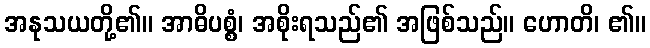
အနုသယတို့၏။ အာဓိပစ္စံ၊ အစိုးရသည်၏ အဖြစ်သည်။ ဟောတိ၊ ၏။